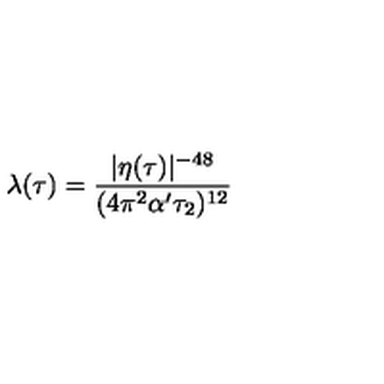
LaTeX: \lambda ( \tau ) = { \frac { | \eta ( \tau ) | ^ { - 4 8 } } { ( 4 \pi ^ { 2 } \alpha ^ { \prime } \tau _ { 2 } ) ^ { 1 2 } } }